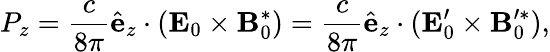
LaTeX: P_{z}=\frac{c}{8\pi}\hat{\mathbf{e}}_{z}\cdot(\mathbf{E}_{0}\times\mathbf{B}_{0}^{*})=\frac{c}{8\pi}\hat{\mathbf{e}}_{z}\cdot(\mathbf{E}_{0}^{\prime}\times\mathbf{B}_{0}^{\prime*}),